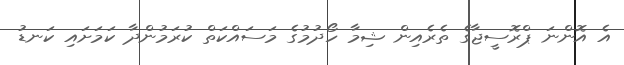
އެ އޮންނަ ޕްރޮސީޖާގެ ތެރެއިން ޝިމާ ހޯދުމުގެ މަސައްކަތް ކުރަމުންދާ ކަމަށަައި ކަނޑު